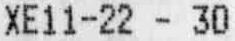
XE11-22 - 30